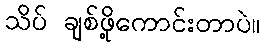
သိပ် ချစ်ဖို့ကောင်းတာပဲ။